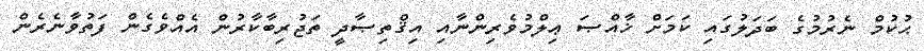
ޙުކުމް ނެރުމުގެ ބަދަލުގައި ކަމަށް ޚާއްޞަ ޢިލްމުވެރިންނާއި އިޤްތިޞާދީ ތަޖުރިބާކާރުން އެއްވެގެން ފަތުވާނެރެން